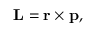
\mathbf { L } = \mathbf { r } \times \mathbf { p } ,